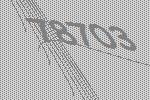
78703